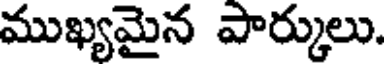
ముఖ్యమైన పార్కులు.